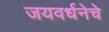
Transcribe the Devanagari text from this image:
जयवर्धनेचे